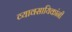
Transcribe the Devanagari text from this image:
व्यावसायिकांनी